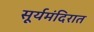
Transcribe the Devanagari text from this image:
सूर्यमंदिरात